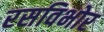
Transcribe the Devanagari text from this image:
रसविभोर